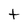
Character: t